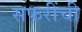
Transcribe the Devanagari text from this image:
सफरींची